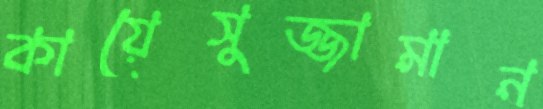
কায়েসুজ্জামান